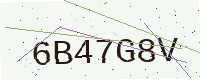
Text: 6B47G8V